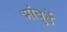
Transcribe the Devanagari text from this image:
भांबुर्डे